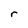
Character: r